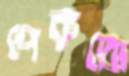
পেরুতো